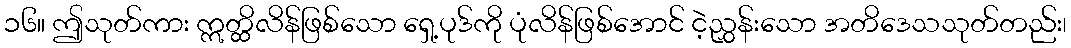
၁၆။ ဤသုတ်ကား ဣတ္ထိလိန်ဖြစ်သော ရှေ့ပုဒ်ကို ပုံလိန်ဖြစ်အောင် ငဲ့ညွှန်းသော အတိဒေသသုတ်တည်း၊